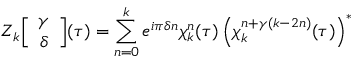
Z _ { k } \Big [ \begin{array} { c } { { \gamma } } \\ { { \delta } } \end{array} \Big ] ( \tau ) = \sum _ { n = 0 } ^ { k } e ^ { i \pi \delta n } \chi _ { k } ^ { n } ( \tau ) \left( \chi _ { k } ^ { n + \gamma ( k - 2 n ) } ( \tau ) \right) ^ { * }